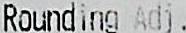
ROUNDING ADJ.